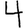
Digit: 4